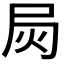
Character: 𰍳